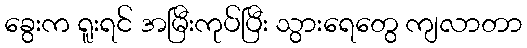
ခွေးက ရူးရင် အမြီးကုပ်ပြီး သွားရေတွေ ကျလာတာ